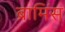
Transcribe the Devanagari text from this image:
ब्रामिंस